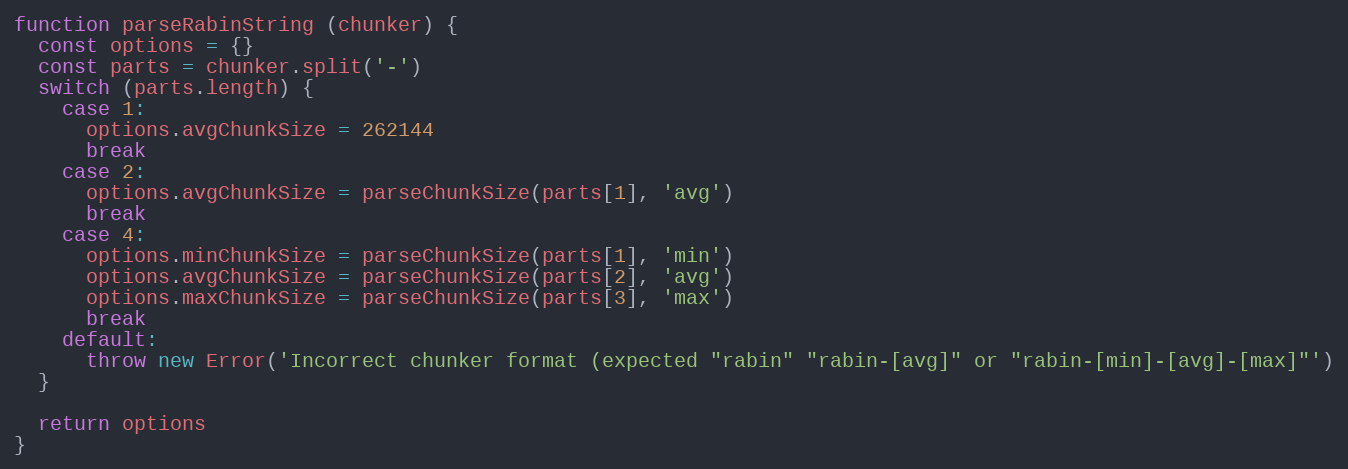
Language: JavaScript
function parseRabinString (chunker) {
  const options = {}
  const parts = chunker.split('-')
  switch (parts.length) {
    case 1:
      options.avgChunkSize = 262144
      break
    case 2:
      options.avgChunkSize = parseChunkSize(parts[1], 'avg')
      break
    case 4:
      options.minChunkSize = parseChunkSize(parts[1], 'min')
      options.avgChunkSize = parseChunkSize(parts[2], 'avg')
      options.maxChunkSize = parseChunkSize(parts[3], 'max')
      break
    default:
      throw new Error('Incorrect chunker format (expected "rabin" "rabin-[avg]" or "rabin-[min]-[avg]-[max]"')
  }

  return options
}